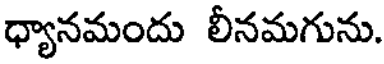
ధ్యానమందు లీనమగును.